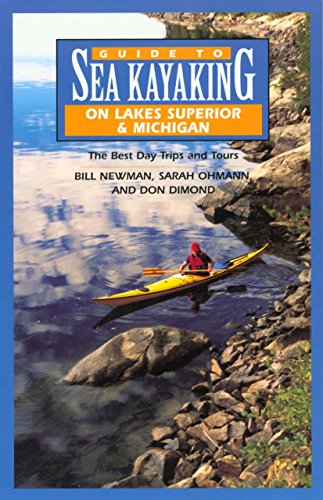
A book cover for Guide to Sea Kayaking on Lakes Superior and Michigan: The Best Day Trips and Tours (Regional Sea Kayaking Series); Bill Newman; Sports & Outdoors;